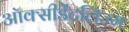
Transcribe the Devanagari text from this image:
ऑक्सीडेंटलिज्म